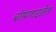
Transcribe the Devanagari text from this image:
बॉमगारतेन